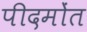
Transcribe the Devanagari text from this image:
पीदमोंत